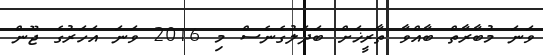
ވަނަ މުބާރާތް ބާއްވާ ތާރީޚަށް ބަދަލުގެނެސް މި 2016 ވަނަ އަހަރުގެ ޖޫން